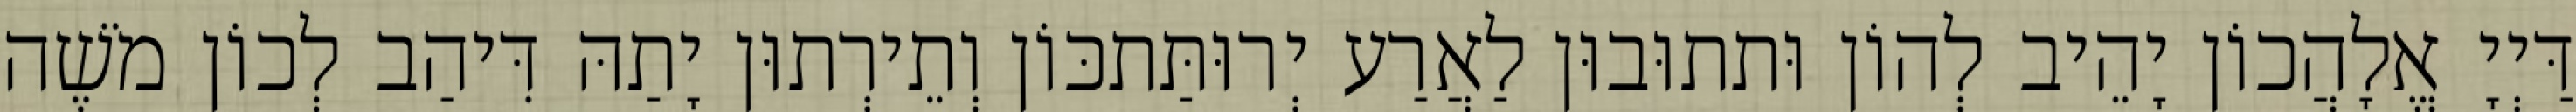
דַּיְיָ אֱלָהֲכוֹן יָהֵיב לְהוֹן וּתתוּבוּן לַאֲרַע יְרוּתַּתכּוֹן וְתֵירְתוּן יָתַהּ דִּיהַב לְכוֹן מֹשֶׁה